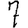
Digit: 7